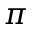
\pi